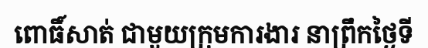
ពោធិ៍សាត់ ជាមួយក្រុមការងារ នាព្រឹកថ្ងៃទី